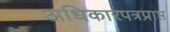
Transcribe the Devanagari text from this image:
अधिकारपत्रप्राप्त